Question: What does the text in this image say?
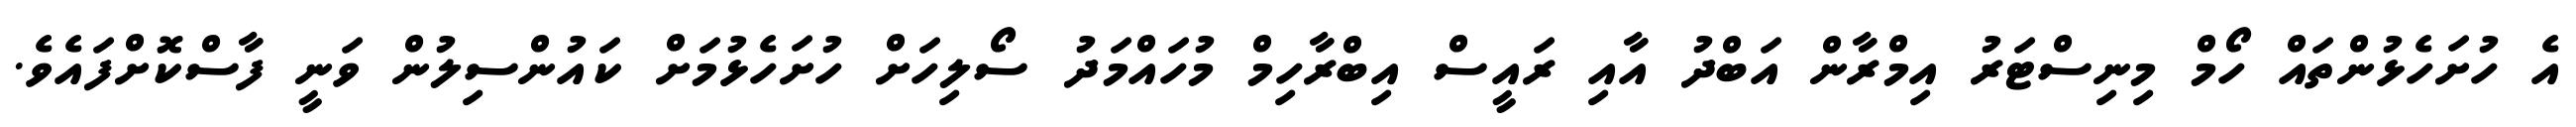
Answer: އެ ހުށަހެޅުންތައް ހޯމް މިނިސްޓަރު އިމްރާން އަބްދު އާއި ރައީސް އިބްރާހިމް މުހައްމަދު ސޯލިހަށް ހުށަހެޅުމަށް ކައުންސިލުން ވަނީ ފާސްކޮށްފައެވެ.